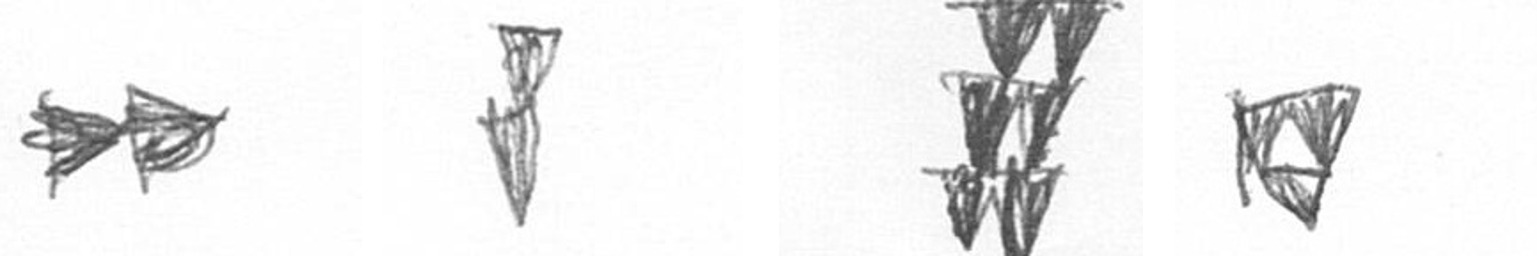
A Z Y S